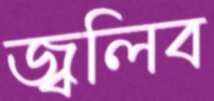
জ্বলিব